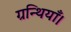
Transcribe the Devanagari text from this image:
ग्रन्थियाँ।